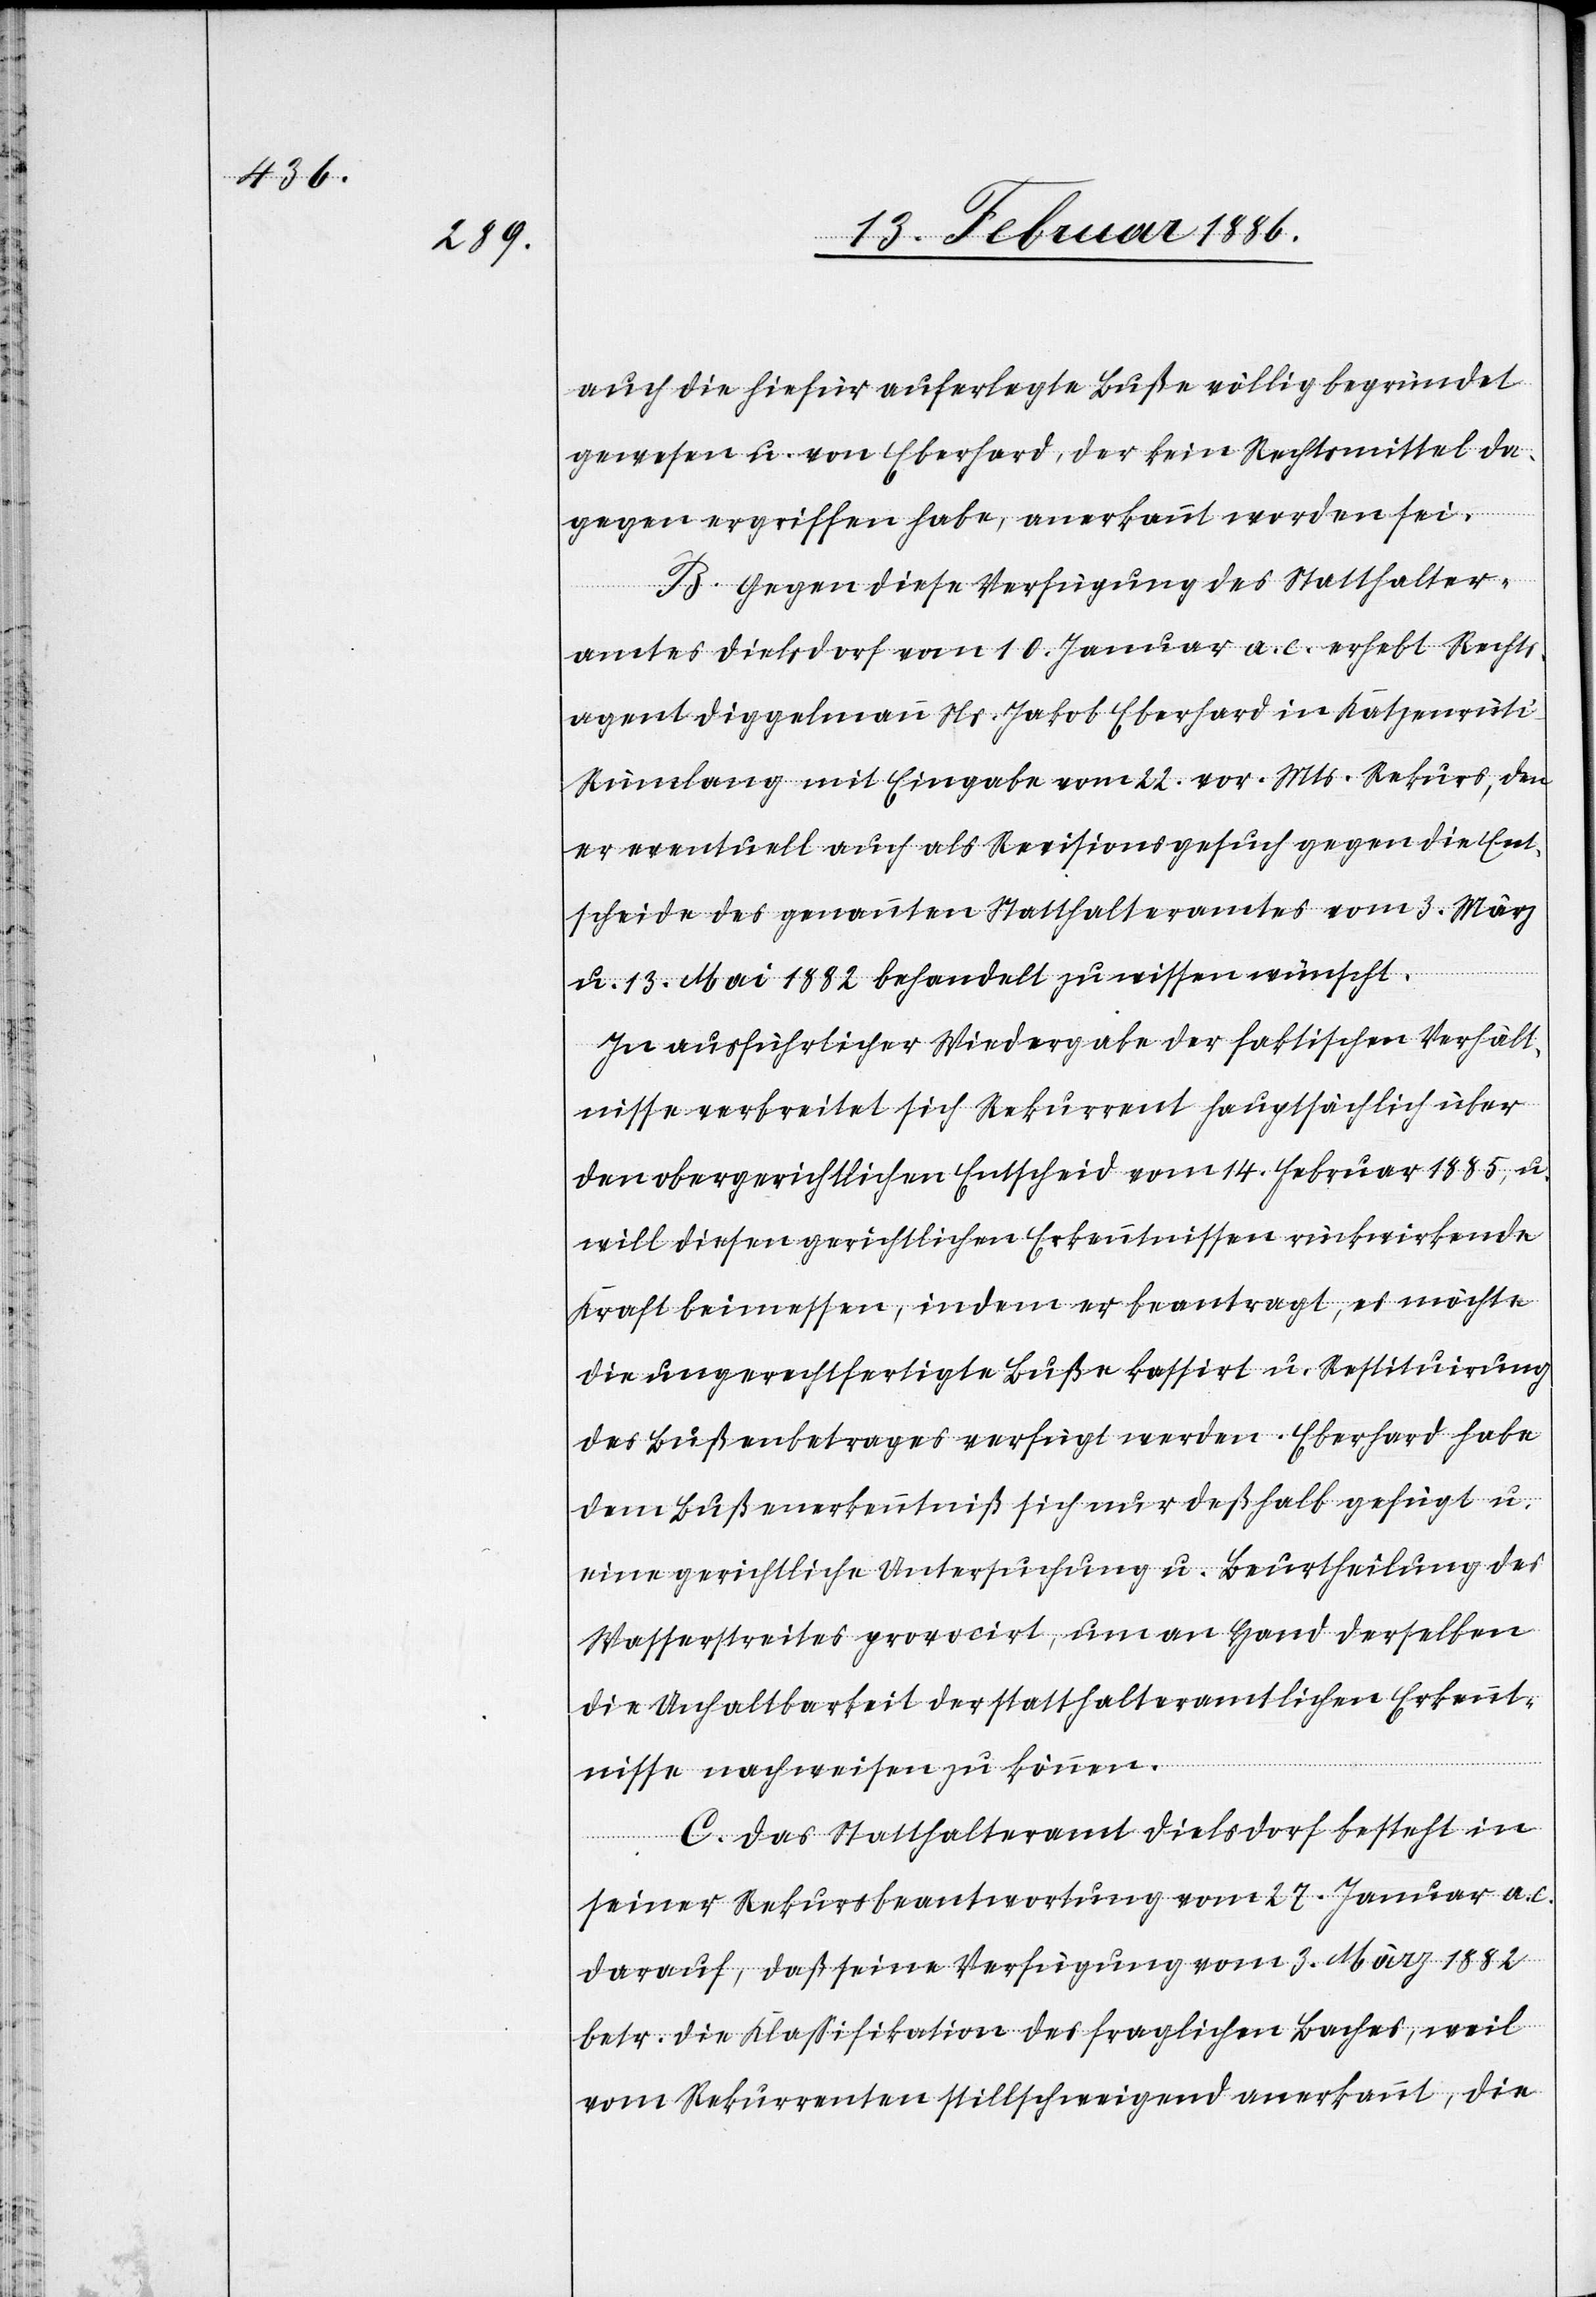
auch die hiefür auferlegte Buße völlig begründet
gewesen u. von Eberhard, der kein Rechtsmittel da¬
gegen ergriffen habe, anerkannt worden sei.
B. Gegen diese Verfügung des Statthalter¬
amtes Dielsdorf vom 10. Januar a. c. erhebt Rechts¬
agent Diggelmann Ns. Jakob Eberhard in Katzenrüti
Rümlang mit Eingabe vom 22. vor. Mts. Rekurs, den
er eventuell auch als Revisionsgesuch gegen die Ent¬
scheide des genannten Statthalteramtes vom 3. März
u. 13. Mai 1882 behandelt zu wissen wünscht.
In ausführlicher Wiedergabe der faktischen Verhält¬
nisse verbreitet sich Rekurrent hauptsächlich über
den obergerichtlichen Entscheid vom 14. Februar 1885, u.
will diesen gerichtlichen Erkenntnissen rückwirkende
Kraft beimessen, indem er beantragt, es möchte
die ungerechtfertigte Buße kassirt u. Restituirung
des Bußenbetrages verfügt werden. Eberhard habe
dem Bußenerkenntniß sich nur deßhalb gefügt u.
eine gerichtliche Untersuchung u. Beurtheilung des
Wasserstreites provocirt, um an Hand derselben
die Unhaltbarkeit der statthalteramtlichen Erkennt¬
nisse nachweisen zu können.
C. Das Statthalteramt Dielsdorf besteht in
seiner Rekursbeantwortung vom 27. Januar a.
darauf, daß seine Verfügung vom 3. März 1882
betr. die Klaßifikation des fraglichen Baches, weil
vom Rekurrenten stillschweigend anerkannt, die